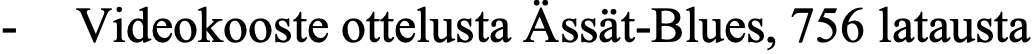
- Videokooste ottelusta Ässät-Blues, 756 latausta